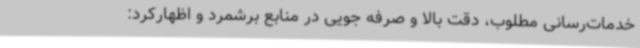
خدمات‌رسانی مطلوب، دقت بالا و صرفه جویی در منابع برشمرد و اظهارکرد: